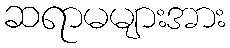
ဆရာမများအား